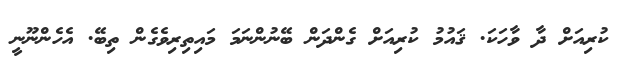
ކުރިއަށް ދާ ވާހަކަ. ޤައުމު ކުރިއަށް ގެންދަން ބޭނުންނަމަ މައިތިރިވެގެން ތިބޭ. އެހެންނޫނީ